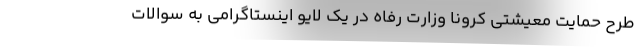
طرح حمایت معیشتی کرونا وزارت رفاه در یک لایو اینستاگرامی به سوالات